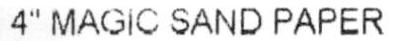
4" MAGIC SAND PAPER